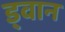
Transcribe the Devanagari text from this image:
ड्वान